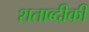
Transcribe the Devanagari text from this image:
शताब्दीकी